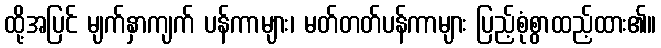
ထို့အပြင် မျက်နှာကျက် ပန်ကာများ၊ မတ်တတ်ပန်ကာများ ပြည့်စုံစွာထည့်ထား၏။